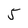
Character: 5